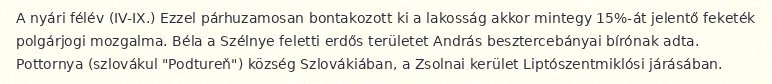
A nyári félév (IV-IX.) Ezzel párhuzamosan bontakozott ki a lakosság akkor mintegy 15%-át jelentő feketék polgárjogi mozgalma. Béla a Szélnye feletti erdős területet András besztercebányai bírónak adta. Pottornya (szlovákul "Podtureň") község Szlovákiában, a Zsolnai kerület Liptószentmiklósi járásában.